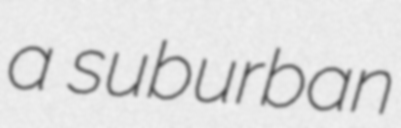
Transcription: a suburban